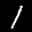
Label: 1